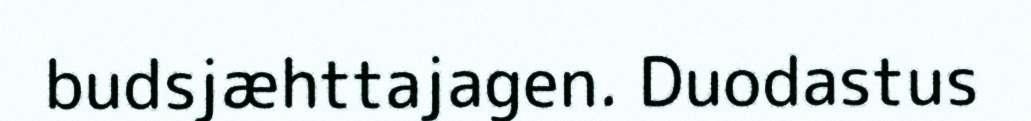
budsjæhttajagen. Duodastus